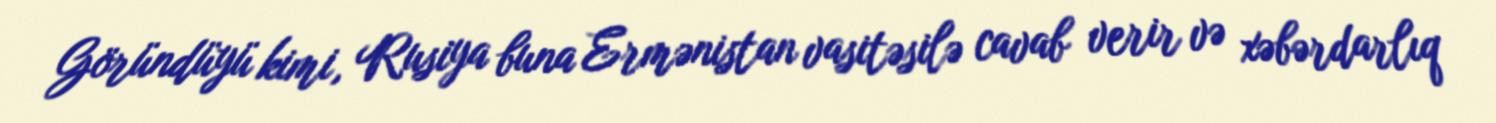
Göründüyü kimi, Rusiya buna Ermənistan vasitəsilə cavab verir və xəbərdarlıq